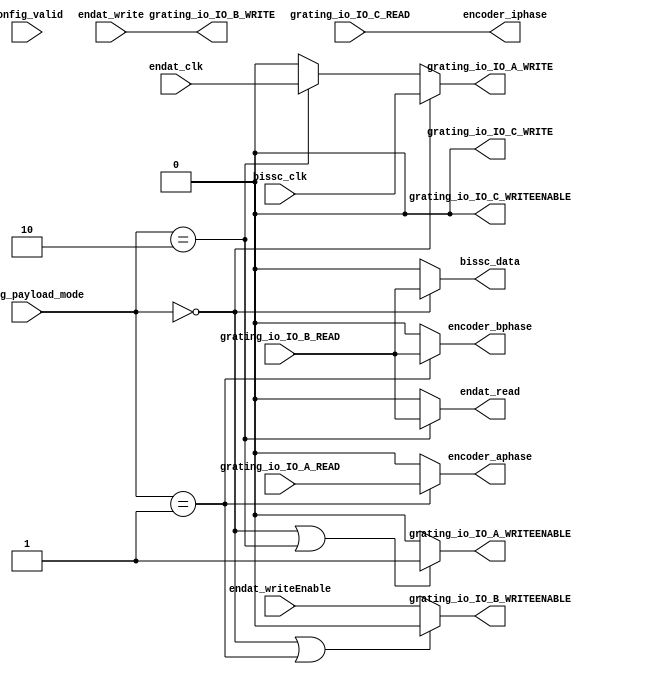
// Generator : SpinalHDL v1.7.3    git head : aeaeece704fe43c766e0d36a93f2ecbb8a9f2003
// Component : Grating_Ruler

`timescale 1ns/1ps

module Grating_Ruler (
  input               config_valid,
  input      [1:0]    config_payload_mode,
  input               grating_io_IO_A_READ,
  output              grating_io_IO_A_WRITE,
  output              grating_io_IO_A_WRITEENABLE,
  input               grating_io_IO_B_READ,
  output              grating_io_IO_B_WRITE,
  output              grating_io_IO_B_WRITEENABLE,
  input               grating_io_IO_C_READ,
  output              grating_io_IO_C_WRITE,
  output              grating_io_IO_C_WRITEENABLE,
  input               bissc_clk,
  output              bissc_data,
  output              encoder_aphase,
  output              encoder_bphase,
  output              encoder_iphase,
  input               endat_clk,
  output              endat_read,
  input               endat_write,
  input               endat_writeEnable
);
  localparam Grating_Type_BISSC = 2'd0;
  localparam Grating_Type_ENCODER = 2'd1;
  localparam Grating_Type_ENDAT = 2'd2;

  `ifndef SYNTHESIS
  reg [55:0] config_payload_mode_string;
  `endif


  `ifndef SYNTHESIS
  always @(*) begin
    case(config_payload_mode)
      Grating_Type_BISSC : config_payload_mode_string = "BISSC  ";
      Grating_Type_ENCODER : config_payload_mode_string = "ENCODER";
      Grating_Type_ENDAT : config_payload_mode_string = "ENDAT  ";
      default : config_payload_mode_string = "???????";
    endcase
  end
  `endif

  assign grating_io_IO_A_WRITE = ((config_payload_mode == Grating_Type_BISSC) ? bissc_clk : ((config_payload_mode == Grating_Type_ENDAT) ? endat_clk : 1'b0));
  assign grating_io_IO_A_WRITEENABLE = (((config_payload_mode == Grating_Type_BISSC) || (config_payload_mode == Grating_Type_ENDAT)) ? 1'b1 : 1'b0);
  assign grating_io_IO_B_WRITE = endat_write;
  assign grating_io_IO_B_WRITEENABLE = (((config_payload_mode == Grating_Type_BISSC) || (config_payload_mode == Grating_Type_ENCODER)) ? 1'b0 : endat_writeEnable);
  assign bissc_data = ((config_payload_mode == Grating_Type_BISSC) ? grating_io_IO_B_READ : 1'b0);
  assign encoder_aphase = ((config_payload_mode == Grating_Type_ENCODER) ? grating_io_IO_A_READ : 1'b0);
  assign encoder_bphase = ((config_payload_mode == Grating_Type_ENCODER) ? grating_io_IO_B_READ : 1'b0);
  assign endat_read = ((config_payload_mode == Grating_Type_ENDAT) ? grating_io_IO_B_READ : 1'b0);
  assign grating_io_IO_C_WRITE = 1'b0;
  assign grating_io_IO_C_WRITEENABLE = 1'b0;
  assign encoder_iphase = grating_io_IO_C_READ;

endmodule